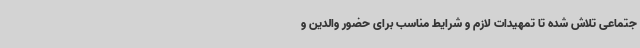
جتماعی تلاش شده تا تمهیدات لازم و شرایط مناسب برای حضور والدین و